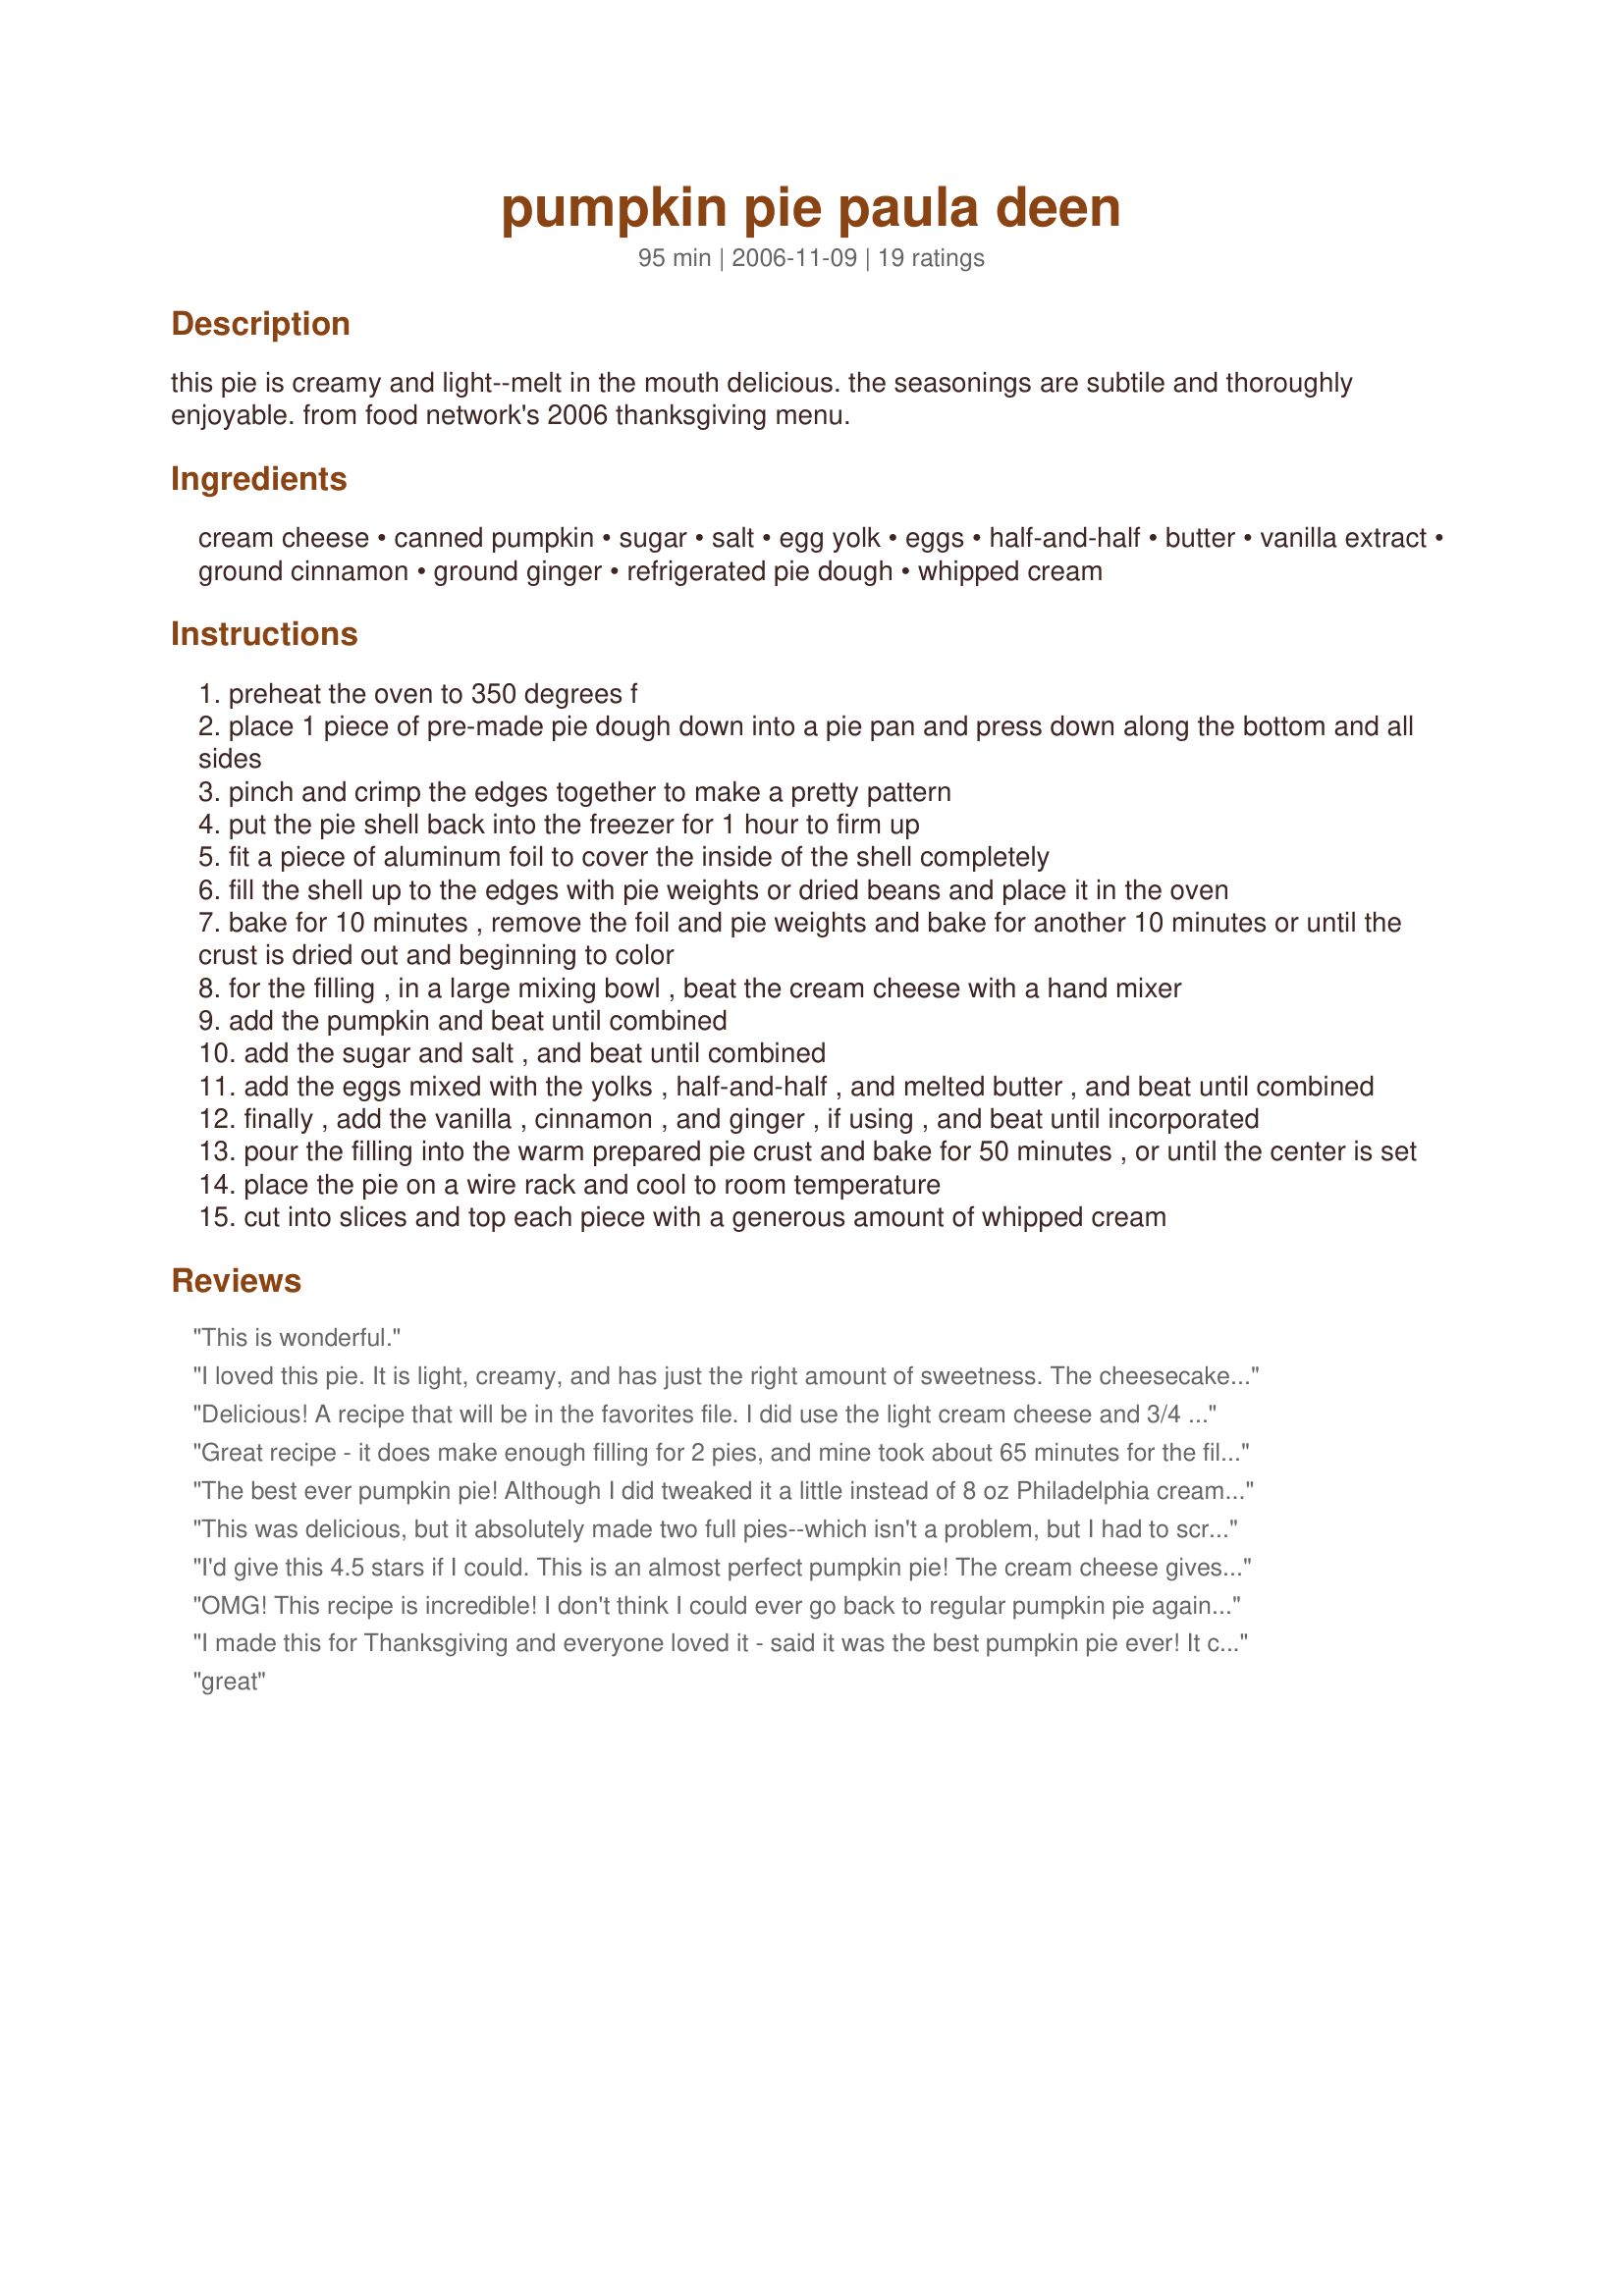
pumpkin pie paula deen
Preparation time: 95 minutes

this pie is creamy and light--melt in the mouth delicious. the seasonings are subtile and thoroughly enjoyable. from food network's 2006 thanksgiving menu.

Ingredients:
cream cheese, canned pumpkin, sugar, salt, egg yolk, eggs, half-and-half, butter, vanilla extract, ground cinnamon, ground ginger, refrigerated pie dough, whipped cream

Steps:
preheat the oven to 350 degrees f
place 1 piece of pre-made pie dough down into a pie pan and press down along the bottom and all sides
pinch and crimp the edges together to make a pretty pattern
put the pie shell back into the freezer for 1 hour to firm up
fit a piece of aluminum foil to cover the inside of the shell completely
fill the shell up to the edges with pie weights or dried beans and place it in the oven
bake for 10 minutes , remove the foil and pie weights and bake for another 10 minutes or until the crust is dried out and beginning to color
for the filling , in a large mixing bowl , beat the cream cheese with a hand mixer
add the pumpkin and beat until combined
add the sugar and salt , and beat until combined
add the eggs mixed with the yolks , half-and-half , and melted butter , and beat until combined
finally , add the vanilla , cinnamon , and ginger , if using , and beat until incorporated
pour the filling into the warm prepared pie crust and bake for 50 minutes , or until the center is set
place the pie on a wire rack and cool to room temperature
cut into slices and top each piece with a generous amount of whipped cream

Reviews:
This is wonderful.
I loved this pie. It is light, creamy, and has just the right amount of sweetness. The cheesecake flavor is out of this world. I didn't prebake the crust like the recipe called for and it turned out great. This recipe is a keeper. Try it, you won't be sorry.
Delicious! A recipe that will be in the favorites file. I did use the light cream cheese and 3/4 cup sugar and it was perfect. I did also use a larger pie plate as well. A new favorite. Thanks for sharing this great recipe.
Great recipe - it does make enough filling for 2 pies, and mine took about 65 minutes for the filling to set. Baking the crust for 10 minutes before you fill it makes it come out very flaky - better than the usual "mushy" crust on the bottom. Be sure to cover the pie crust edging with foil... I made two pies, one I was careful to cover the crust, the other was not covered as tightly - and that crust burned! Will definitely make again, my Thanksgiving crowd devoured it!
The best ever pumpkin pie! Although I did tweaked it a little instead of 8 oz Philadelphia cream cheese I cut that in half and added mascarpone to make up the difference. I also used Carnation baking milk instead of half- and - half. It turned out scrumptious! I used sweet short crust and prebaked it without weights, flaky and delicious.
This was delicious, but it absolutely made two full pies--which isn't a problem, but I had to scramble around and make a second crust, since I was only prepared for the single pie the recipe promised. Rich, fluffy, and not overly sweet--great pie!
I'd give this 4.5 stars if I could. This is an almost perfect pumpkin pie! The cream cheese gives it a lovely, light texture and it does have a hint of cheesecake-y-ness that works for most people. I mention that because there might be someone out there who isn't into cheesecake, in which case I'd recommend you stick to a more traditional pumpkin pie recipe. This was actually enough filling for TWO deep-dish frozen pie crusts; I pre-baked them to manufacturer's instructions, then lined the edges with tin foil, filled, and baked at 350 for 50min as instructed, and that was completely right. I served it room-temperature with freshly whipped cream (with just a touch of vanilla sugar added) and every single person, even my father, went back for seconds. The only thing I did differently was using about 1/3 less sugar, and it was still plenty sweet (but then, I'm not big on super-sweet pie). Next time I make this--and I definitely will--I'll cut back a little more on the sugar, increase the ginger and cinnamon by 1/2, and start with a home-made crust. This is totally a keeper.<br/><br/>NOTE: For those of you having issues with cream cheese lumps, make sure you're using full-fat (not light or Neufchatel) cream cheese. Open the foil packet, and let it sit at room temp for a full hour. Cream the sugar and cream cheese with an electric mixer until completely smooth, then add in the eggs one at a time, beating fully between additions. You will have a very smooth filling, and any tiny bits that are left will bake out. :)
OMG! This recipe is incredible! I don't think I could ever go back to regular pumpkin pie again. Thanks for sharing it, Sharlene!
I made this for Thanksgiving and everyone loved it - said it was the best pumpkin pie ever! It cooked 20 minutes longer.
great
Great tasting pie, kind of like a cheesecake - everyone loved it. I am not sure why but I ended up with some filling that wouldn't fit in the pie crust. I took the extra filling and poured them into coated custard cups and baked at 350 degrees for 45 minutes. Yummy!!
This was very creamy, mild in flavor, and light, definitely a comfort food. It was also the first pie I have ever baked! I made my own 9" pie crust (another first) and filled it with this recipe. I had about 1 cup of filling left over but it's better to have a little to much than not enough! I live at a low elevation in central California (US) and baked it about 70 minutes (until the middle didnâ€™t stick to a toothpick anymore)
The flavor of this pie is AMAZING. Not too sweet, not too cream-cheesy, but perfectly balanced and decadent. I did increase the spice measurements, just because I like a very flavorful pumpkin pie taste. Other than that, taste-wise, this pie could not be improved. HOWEVER, I did run into some of the same pitfalls of other reviewers. Despite lots of mixing, the cream cheese remained sort of curdled / clumpy. I also had wayy too much filling for one pie. I used a graham cracker crust, which complimented the pumpkin-cream cheese flavor deliciously, but I haven't decided what to do with the leftover filling yet. Small issues aside, this is a great pie and I would make it again. Thanks for sharing!
Was incredible. For Thanksgiving made this, as well as 2 basic recipes that I have used and was liked in the past. Did a blind taste test for fun with all 13 of us there, and it was unanimous for this recipe. I took sharlene's route on the pie crust....worked out fabulously! Thanks Sharlene!
Made this for Thanksgiving & served to aunts, uncles & cousins. It was a huge hit. It has a creamy texture with a subtle pumpkin cheesecake flavor. Beautiful color & so delicious that I was asked to bake more for the even bigger family get together today to finish off leftovers at lunch! Mom & I made this, old-fashioned pumpkin & dutch apple pies, and my aunt made apple pie. At the end of the night this pie was nearly gone while the others had just small "sample" portions missing. Hands down the winner! Thanks for sharing, Sharlene!
Very good and tasty. But there were a few problems with the consistency of the mixture. The cream cheese curdled and it was too liquidy. It came out enough to make 2 pies. I also had to bake them for 80 minutes. The next time, I will cut the milk in half and use 2 whole eggs to see if it will come out better. Still, the pies were very good.
This is an incredibly delicious pumpkin pie.I made it last Thanksgiving and normally I'm not that wild about pumpkin pie but one bite of this and I was hooked!I ended up making another one the next day.Everyone really loved it.The cream cheese made it so creamy and gives it an amazing flavor but it's not too strong...not like a cheesecake.I used a frozen deep dish crust which I did not prebake.I just skipped step 2 and 3.Also unlike some reviewers I did not have any filling left over.I just had enough for one deep dish pie.I bet it would be really good with a graham cracker crust so I may try that next time.Other than not prebaking the crust I made it exactly like it says and I did add the ginger.It was so creamy and delicious...much better than a plain pumpkin pie I think. I can't wait to make this again next Thanksgiving.
I found this recipe over on Food Network too and made it for Thanksgiving. This will be the only pumpkin pie I ever make. It is wonderful!
Awesome! Came out perfect. THANK YOU PAULA DEEN THIS IS THE BEST PIE SO FAR
